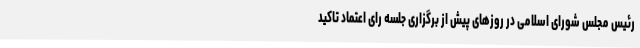
رئیس مجلس شورای اسلامی در روزهای پیش از برگزاری جلسه رای اعتماد تاکید